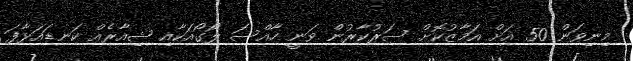
މިނިވަން 50 އަށް އަމާޒުކޮށް ސަރުކާރުން ވަނީ ހާއްސަ ލޯގޯއަކާއި ޝިއާރެއް ކަނޑައަޅާފަ